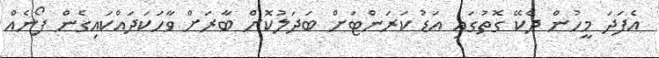
އެފަދަ މީހުން ދެކޭ ގޮތުގައި އަޑު ކަރަންޓަށް ބަދަލުކޮށް ބާރަށް ވާހަކަދައްކައިގެން ފޯނެއް